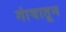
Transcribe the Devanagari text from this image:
गांवातून